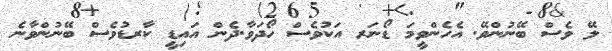
ލޭ ވެސް ބޭނުންވޭ. އެހެންވީމަ ޑޯނަރ އަކުވެސް ހޯދަވާ.ދެން އައިޑީ ކާރޑުވެސް ބޭނުންވާނެ